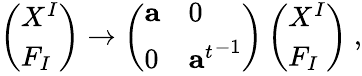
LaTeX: \left(\begin{array}{l}{{X^{I}}}\\ {{F_{I}}}\end{array}\right)\rightarrow\left(\begin{array}{ll}{{{\mathbf a}}}&{{0}}\\ {{0}}&{{{{\mathbf a}^{t}}^{-1}}}\end{array}\right)\left(\begin{array}{l}{{X^{I}}}\\ {{F_{I}}}\end{array}\right)\ ,